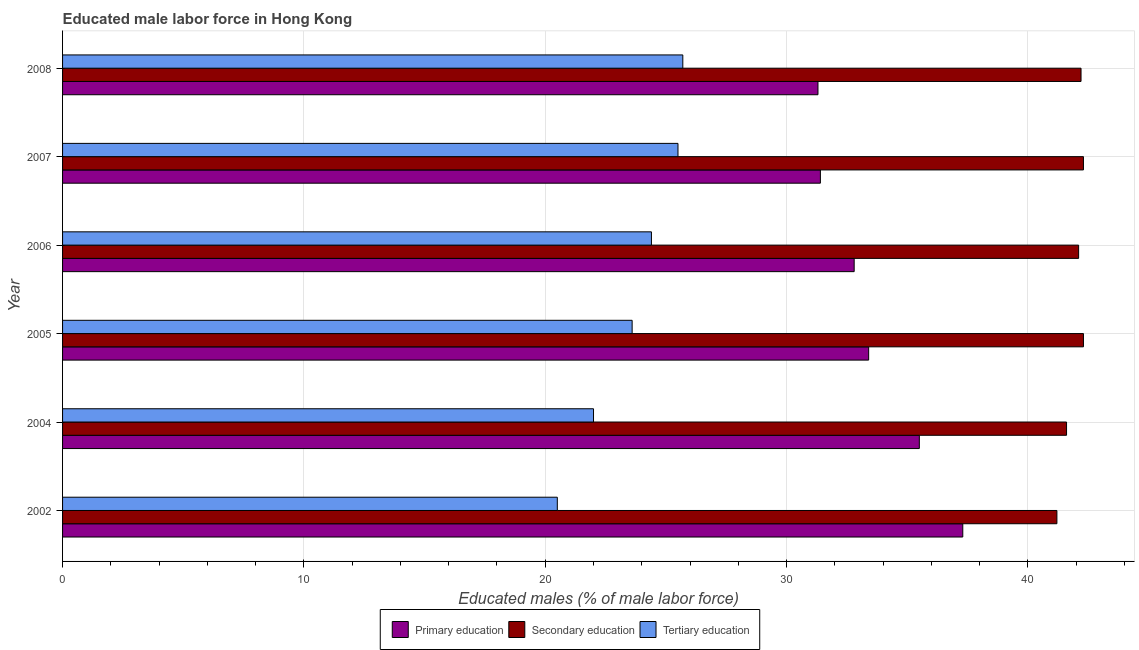
| Year | Primary education | Secondary education | Tertiary education |
 | --- | --- | --- | --- |
 | 2002 | 37.3 | 41.2 | 20.5 |
 | 2004 | 35.5 | 41.6 | 22 |
 | 2005 | 33.4 | 42.3 | 23.6 |
 | 2006 | 32.8 | 42.1 | 24.4 |
 | 2007 | 31.4 | 42.3 | 25.5 |
 | 2008 | 31.3 | 42.2 | 25.7 |